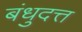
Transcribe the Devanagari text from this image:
बंधुदत्त